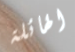
الهائلة